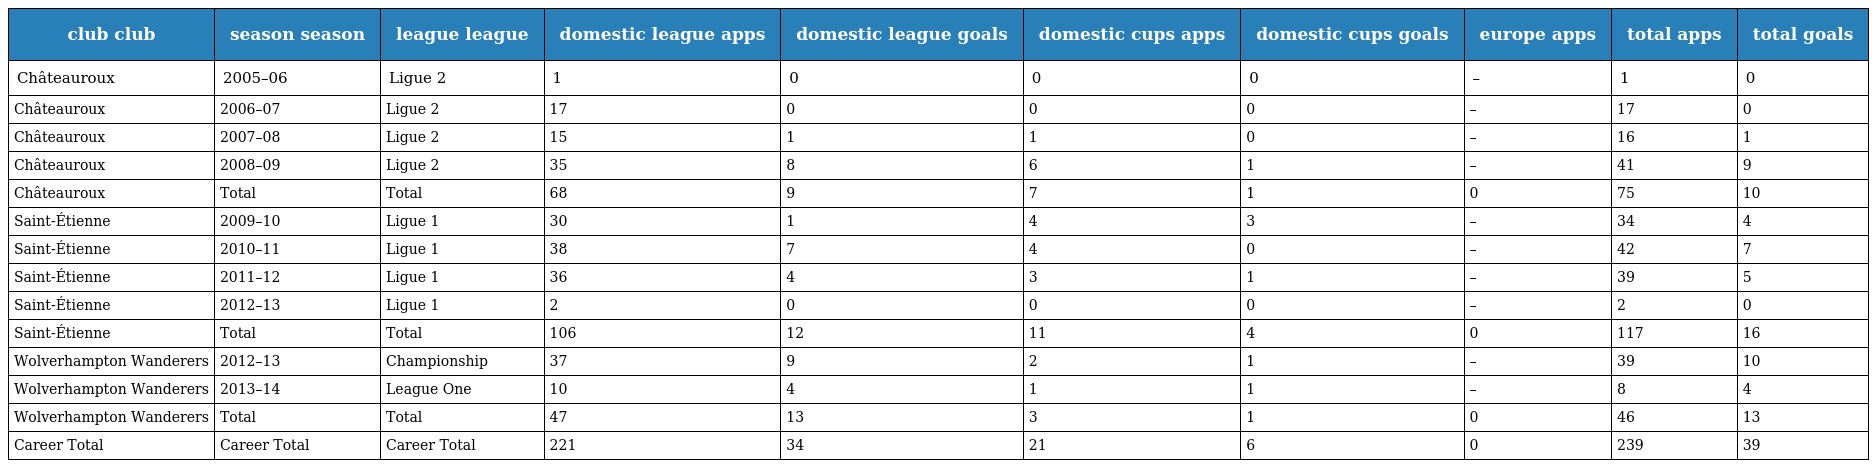
| club club | season season | league league | domestic league apps | domestic league goals | domestic cups apps | domestic cups goals | europe apps | total apps | total goals |
 | --- | --- | --- | --- | --- | --- | --- | --- | --- | --- |
 | Châteauroux | 2005–06 | Ligue 2 | 1 | 0 | 0 | 0 | – | 1 | 0 |
 | Châteauroux | 2006–07 | Ligue 2 | 17 | 0 | 0 | 0 | – | 17 | 0 |
 | Châteauroux | 2007–08 | Ligue 2 | 15 | 1 | 1 | 0 | – | 16 | 1 |
 | Châteauroux | 2008–09 | Ligue 2 | 35 | 8 | 6 | 1 | – | 41 | 9 |
 | Châteauroux | Total | Total | 68 | 9 | 7 | 1 | 0 | 75 | 10 |
 | Saint-Étienne | 2009–10 | Ligue 1 | 30 | 1 | 4 | 3 | – | 34 | 4 |
 | Saint-Étienne | 2010–11 | Ligue 1 | 38 | 7 | 4 | 0 | – | 42 | 7 |
 | Saint-Étienne | 2011–12 | Ligue 1 | 36 | 4 | 3 | 1 | – | 39 | 5 |
 | Saint-Étienne | 2012–13 | Ligue 1 | 2 | 0 | 0 | 0 | – | 2 | 0 |
 | Saint-Étienne | Total | Total | 106 | 12 | 11 | 4 | 0 | 117 | 16 |
 | Wolverhampton Wanderers | 2012–13 | Championship | 37 | 9 | 2 | 1 | – | 39 | 10 |
 | Wolverhampton Wanderers | 2013–14 | League One | 10 | 4 | 1 | 1 | – | 8 | 4 |
 | Wolverhampton Wanderers | Total | Total | 47 | 13 | 3 | 1 | 0 | 46 | 13 |
 | Career Total | Career Total | Career Total | 221 | 34 | 21 | 6 | 0 | 239 | 39 |